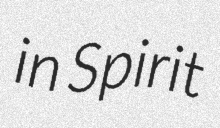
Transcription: in Spirit